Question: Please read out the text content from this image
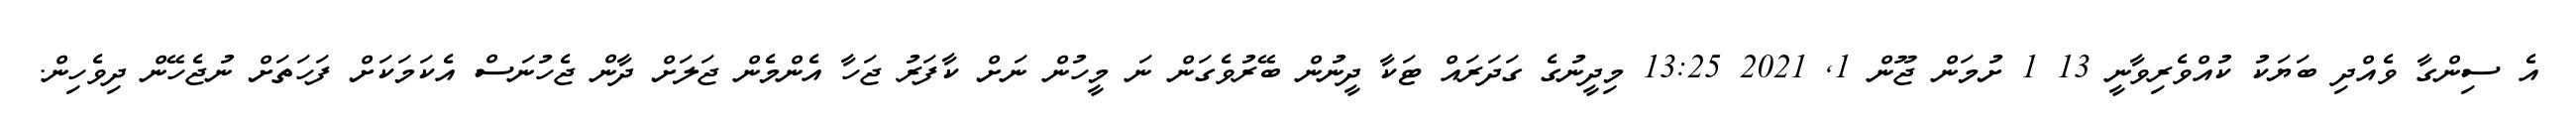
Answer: އެ ސިންގާ ވެއްދި ބަޔަކު ކުއްވެރިވާނީ 13 1 ށުމަން ޖޫން 1, 2021 13:25 މިދީނުގެ ގަދަރައް ޓަކާ ދީނުން ބޭރުވެގަން ނަ މީހުން ނަށް ކާފަރު ޖަހާ އެންމެން ޖަލަށް ދާން ޖެހުނަސް އެކަމަކަށް ފަހަތަށް ނުޖެހޭން ދިވެހިން.